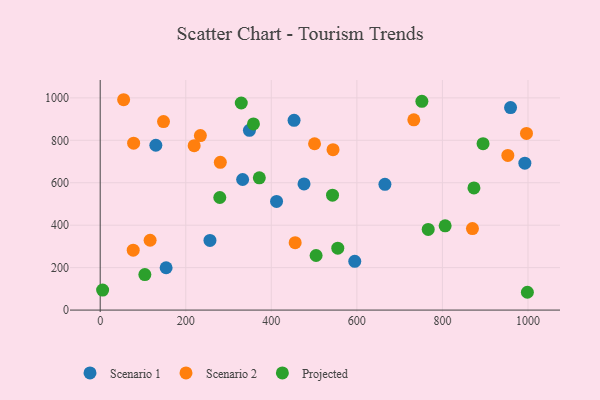
{"axis": {"x": "Experience", "y": "Fuel Efficiency"}, "legend": ["Projected", "Scenario 1", "Scenario 2"], "data": [{"x": "959.3", "y": 954.0, "type": "Scenario 1"}, {"x": "130.1", "y": 776.8, "type": "Scenario 1"}, {"x": "665.6", "y": 592.5, "type": "Scenario 1"}, {"x": "453.2", "y": 894.3, "type": "Scenario 1"}, {"x": "348.9", "y": 846.9, "type": "Scenario 1"}, {"x": "476.5", "y": 594.4, "type": "Scenario 1"}, {"x": "154.1", "y": 199.4, "type": "Scenario 1"}, {"x": "333.0", "y": 615.4, "type": "Scenario 1"}, {"x": "256.6", "y": 328.2, "type": "Scenario 1"}, {"x": "412.3", "y": 512.0, "type": "Scenario 1"}, {"x": "992.7", "y": 692.3, "type": "Scenario 1"}, {"x": "595.1", "y": 229.8, "type": "Scenario 1"}, {"x": "952.9", "y": 728.9, "type": "Scenario 2"}, {"x": "77.2", "y": 282.2, "type": "Scenario 2"}, {"x": "280.8", "y": 696.2, "type": "Scenario 2"}, {"x": "78.2", "y": 786.5, "type": "Scenario 2"}, {"x": "234.2", "y": 822.5, "type": "Scenario 2"}, {"x": "148.0", "y": 888.2, "type": "Scenario 2"}, {"x": "870.2", "y": 384.0, "type": "Scenario 2"}, {"x": "219.7", "y": 774.5, "type": "Scenario 2"}, {"x": "996.5", "y": 832.3, "type": "Scenario 2"}, {"x": "54.8", "y": 991.2, "type": "Scenario 2"}, {"x": "544.3", "y": 755.6, "type": "Scenario 2"}, {"x": "455.8", "y": 317.7, "type": "Scenario 2"}, {"x": "501.1", "y": 783.7, "type": "Scenario 2"}, {"x": "733.1", "y": 896.6, "type": "Scenario 2"}, {"x": "116.7", "y": 329.0, "type": "Scenario 2"}, {"x": "329.8", "y": 975.7, "type": "Projected"}, {"x": "555.4", "y": 291.7, "type": "Projected"}, {"x": "543.1", "y": 541.5, "type": "Projected"}, {"x": "5.7", "y": 94.1, "type": "Projected"}, {"x": "766.8", "y": 380.2, "type": "Projected"}, {"x": "998.6", "y": 83.9, "type": "Projected"}, {"x": "104.4", "y": 167.3, "type": "Projected"}, {"x": "358.3", "y": 877.4, "type": "Projected"}, {"x": "504.7", "y": 257.1, "type": "Projected"}, {"x": "372.0", "y": 623.3, "type": "Projected"}, {"x": "806.4", "y": 396.8, "type": "Projected"}, {"x": "279.6", "y": 530.4, "type": "Projected"}, {"x": "895.0", "y": 784.1, "type": "Projected"}, {"x": "752.0", "y": 983.8, "type": "Projected"}, {"x": "873.7", "y": 575.7, "type": "Projected"}]}